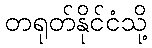
တရုတ်နိုင်ငံသို့